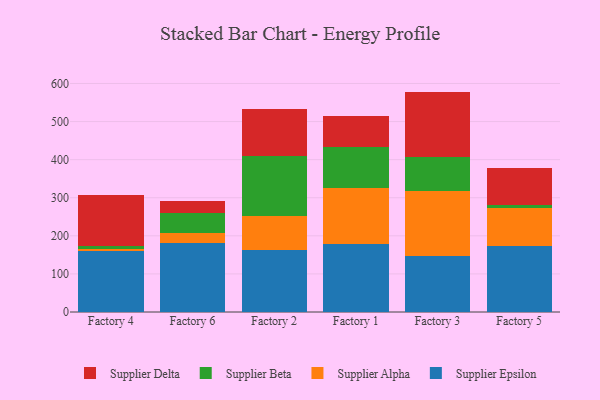
{"axis": {"x": "Factory", "y": "Net Income (USD K)"}, "legend": ["Supplier Alpha", "Supplier Beta", "Supplier Delta", "Supplier Epsilon"], "data": [{"x": "Factory 4", "y": 159.5, "type": "Supplier Epsilon"}, {"x": "Factory 4", "y": 6.8, "type": "Supplier Alpha"}, {"x": "Factory 4", "y": 7.8, "type": "Supplier Beta"}, {"x": "Factory 4", "y": 134.1, "type": "Supplier Delta"}, {"x": "Factory 6", "y": 180.0, "type": "Supplier Epsilon"}, {"x": "Factory 6", "y": 27.4, "type": "Supplier Alpha"}, {"x": "Factory 6", "y": 51.8, "type": "Supplier Beta"}, {"x": "Factory 6", "y": 32.2, "type": "Supplier Delta"}, {"x": "Factory 2", "y": 161.9, "type": "Supplier Epsilon"}, {"x": "Factory 2", "y": 89.2, "type": "Supplier Alpha"}, {"x": "Factory 2", "y": 158.9, "type": "Supplier Beta"}, {"x": "Factory 2", "y": 123.0, "type": "Supplier Delta"}, {"x": "Factory 1", "y": 179.0, "type": "Supplier Epsilon"}, {"x": "Factory 1", "y": 146.0, "type": "Supplier Alpha"}, {"x": "Factory 1", "y": 109.4, "type": "Supplier Beta"}, {"x": "Factory 1", "y": 79.5, "type": "Supplier Delta"}, {"x": "Factory 3", "y": 147.2, "type": "Supplier Epsilon"}, {"x": "Factory 3", "y": 170.1, "type": "Supplier Alpha"}, {"x": "Factory 3", "y": 89.1, "type": "Supplier Beta"}, {"x": "Factory 3", "y": 172.3, "type": "Supplier Delta"}, {"x": "Factory 5", "y": 172.1, "type": "Supplier Epsilon"}, {"x": "Factory 5", "y": 100.0, "type": "Supplier Alpha"}, {"x": "Factory 5", "y": 7.7, "type": "Supplier Beta"}, {"x": "Factory 5", "y": 98.3, "type": "Supplier Delta"}]}